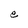
Character: e